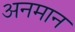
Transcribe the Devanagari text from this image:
अनमान